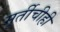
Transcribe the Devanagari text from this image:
मूर्तीचीही